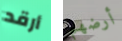
أرقد أرضهم